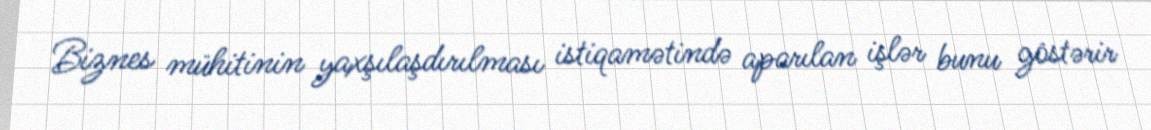
Biznes mühitinin yaxşılaşdırılması istiqamətində aparılan işlər bunu göstərir